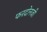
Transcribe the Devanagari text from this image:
फरदोनजी